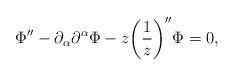
LaTeX: \begin{align*}\Phi'' - \partial_{\alpha} \partial^{\alpha} \Phi - z \biggl( \frac{1}{z}\biggr)'' \Phi =0,\end{align*}